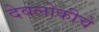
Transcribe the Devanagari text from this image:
देवलोकीचे